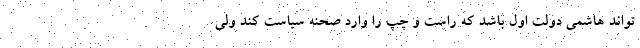
‌تواند هاشمی دولت اول باشد که راست و چپ را وارد صحنه سیاست کند ولی